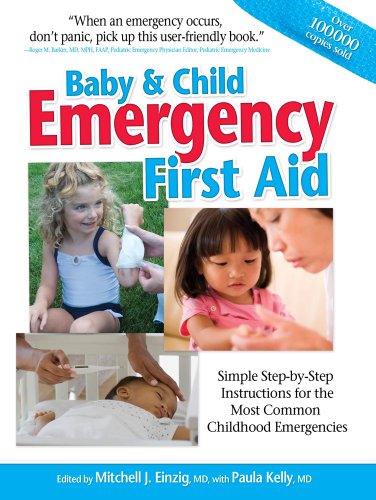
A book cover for Baby & Child Emergency First Aid: Simple Step-By-Step Instructions for the Most Common Childhood Emergencies; Mitchell J. Einzing  MD; Health, Fitness & Dieting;